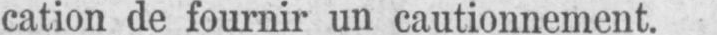
cation de fournir un cautionnement.